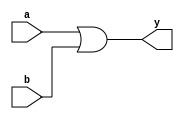
`timescale 1ns / 1ps
module orgate(a,b,y);
input a,b; output y;
assign y=a|b;
endmodule